Scottish Certificate of Education, 1963
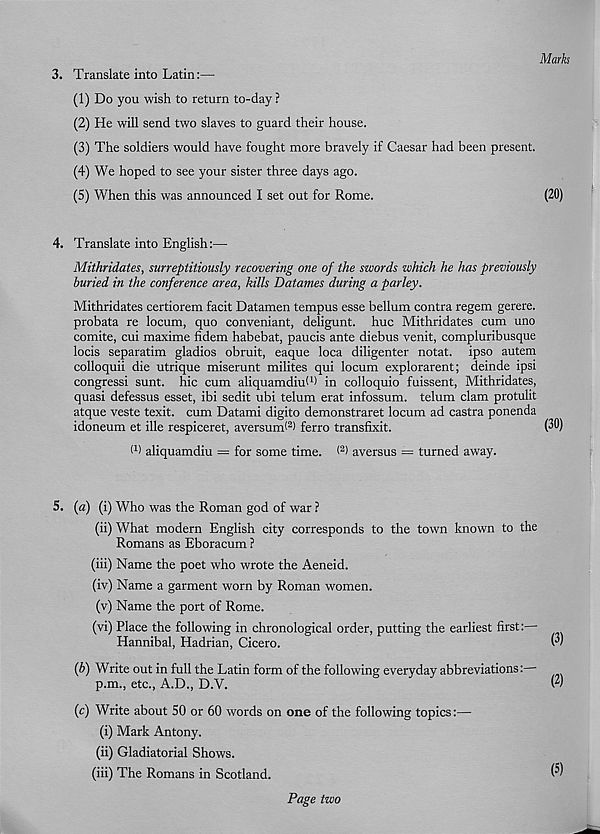
Marks
3. Translate into Latin:—
(1) Do you wish to return to-day ?
(2) He will send two slaves to guard their house.
(3) The soldiers would have fought more bravely if Caesar had been present.
(4) We hoped to see your sister three days ago.
(5) When this was announced I set out for Rome.
(20)
4. Translate into English:—
Mitkridates, surreptitiously recovering one of the swords which he has previously
buried in the conference area, kills Datames during a parley.
Mithridates certiorem facit Datamen tempus esse bellum contra regem gerere.
probata re locum, quo conveniant, deligunt. hue Mithridates cum uno
comite, cui maxime fidem habebat, paucis ante diebus venit, compluribusque
locis separatim gladios obruit, eaque loca diligenter notat. ipso autem
colloquii die utrique miserunt milites qui locum explorarent; deinde ipsi
congress! sunt, hie cum aliquamdhd 1 ) in colloquio fuissent, Mithridates,
quasi defessus esset, ibi sedit ubi telum erat infossum. telum clam protulit
atque veste texit. cum Datami digito demonstraret locum ad castra ponenda
idoneum et ille respiceret, avcrsuirf 2 ) ferro transfixit.
(30)
f 1 ) aliquamdiu = for some time. ( 2 > aversus = turned away.
5. {a) (i) Who was the Roman god of war ?
(ii) What modern English city corresponds to the town known to the
Romans as Eboracum ?
(iii) Name the poet who wrote the Aeneid.
(iv) Name a garment worn by Roman women.
(v) Name the port of Rome.
(vi) Place the following in chronological order, putting the earliest first:—
Hannibal, Hadrian, Cicero.
w)
{b) Write out in full the Latin form of the following everyday abbreviations:—
p.m., etc., A.D., D.V.
w)
(c) Write about 50 or 60 words on one of the following topics:—
(i) Mark Antony.
(ii) Gladiatorial Shows.
(iii) The Romans in Scotland.
^
Page two